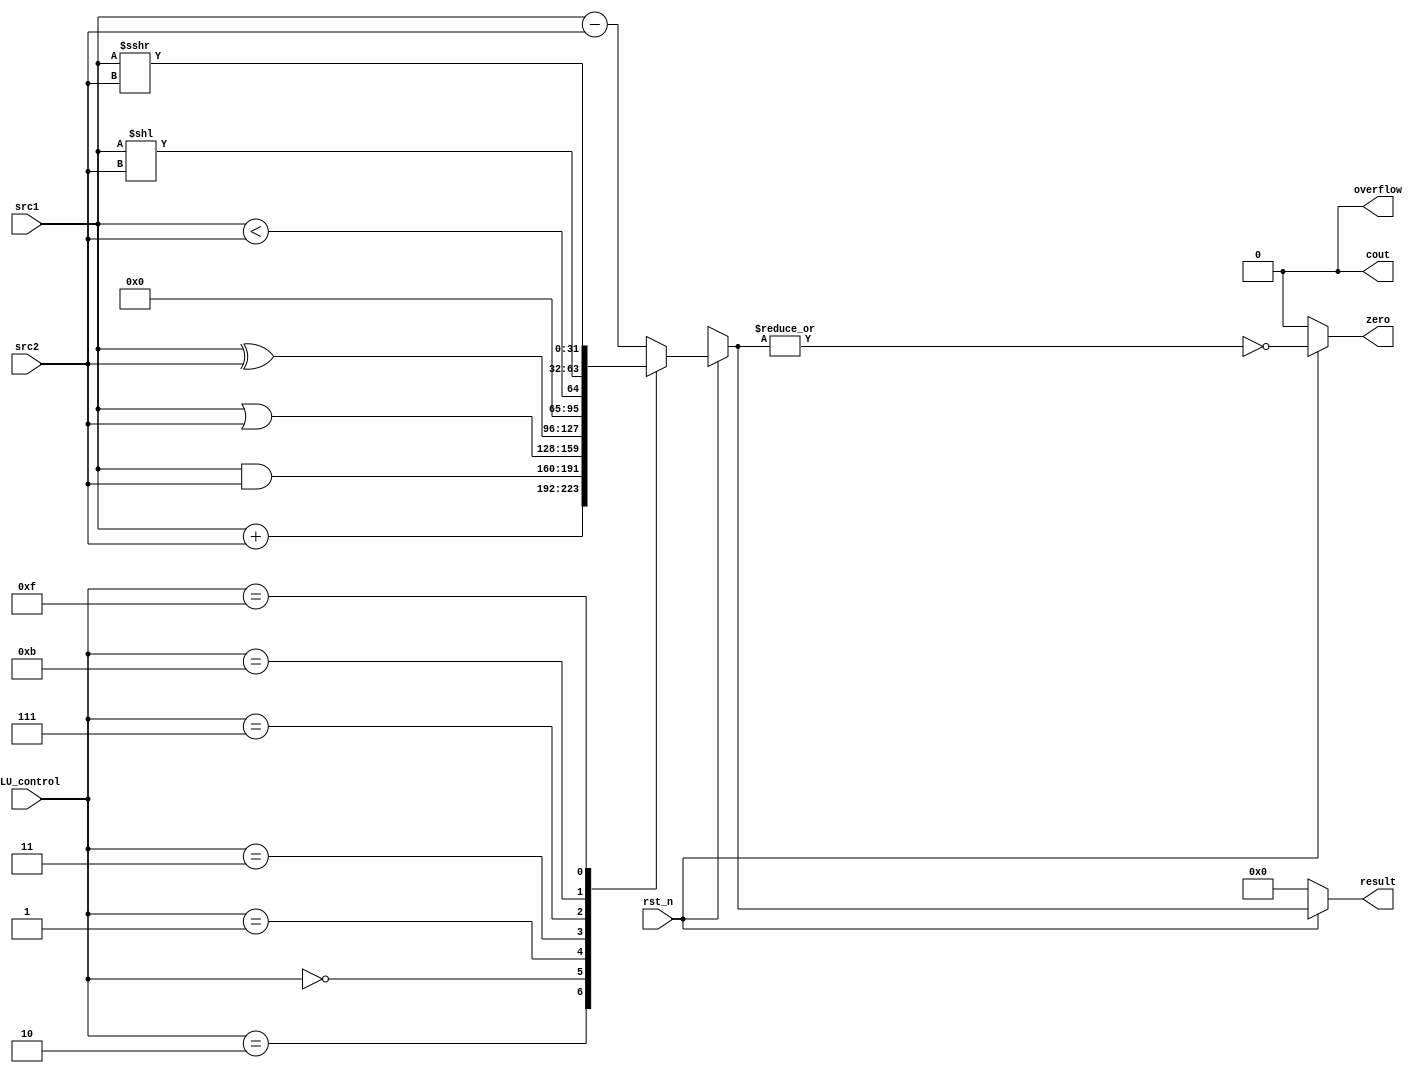
/***************************************************
Student Name:  a Ps
Student ID:  0816012 0816028
***************************************************/

`timescale 1ns/1ps

module alu(
	input                   rst_n,         // negative reset            (input)
	input	signed    [32-1:0]	src1,          // 32 bits source 1          (input)
	input	signed     [32-1:0]	src2,          // 32 bits source 2          (input)
	input 	     [ 4-1:0] 	ALU_control,   // 4 bits ALU control input  (input)
	output reg   [32-1:0]	result,        // 32 bits result            (output)
	output reg              zero,          // 1 bit when the output is 0, zero must be set (output)
	output reg              cout,          // 1 bit carry out           (output)
	output reg              overflow       // 1 bit overflow            (output)
	);

/* Write your code HERE */
parameter Add = 4'b0010;
parameter Sub = 4'b0110;
parameter And = 4'b0000;
parameter Or  = 4'b0001;
parameter Xor = 4'b0011;
parameter Slt = 4'b0111;
parameter Sll = 4'b1011;
parameter Sra = 4'b1111;

always @(*)begin
    if(rst_n)begin
        case(ALU_control)
            Add: begin
                result = src1 + src2;
            end
            Sub:begin
                result = src1 - src2;
            end
            And:begin
                result = src1 & src2;
            end
            Or:begin
                result = src1 | src2;
            end
            Xor: begin
                result = src1 ^  src2;
            end
            Slt: begin
                result = src1 < src2;
            end
            Sll: begin
                result = src1 << src2;
            end
            Sra: begin
                result = src1 >>> src2;
            end
            default: begin
                result = src1 - src2;
            end
        endcase
        zero = !(|result);
        cout = 0;
        overflow = 0;
    end
    else begin
        result = 32'h0000_0000;
        zero = 0;
        cout = 0;
        overflow = 0;
    end
end

endmodule